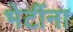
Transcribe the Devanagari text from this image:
भेटींना